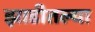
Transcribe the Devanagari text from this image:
झाडीतल्या